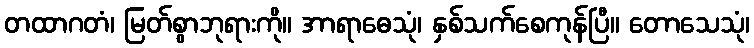
တထာဂတံ၊ မြတ်စွာဘုရားကို။ အာရာဓေသုံ၊ နှစ်သက်စေကုန်ပြီ။ တောသေသုံ၊